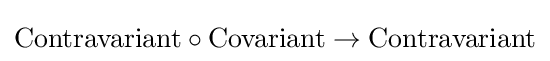
\mathrm {Contravariant} \circ \mathrm {Covariant} \to \mathrm {Contravariant}